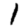
Digit: 1